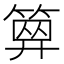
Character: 𥱅